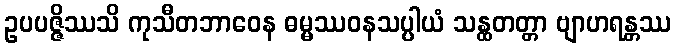
ဥပပဇ္ဇိဿသိ ကုသီတဘာဝေန ဓမ္မဿဝနသပ္ပါယံ သန္ထတတ္တာ ဗျာဟရန္တဿ